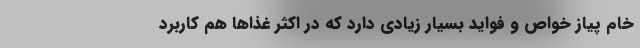
خام پیاز خواص و فواید بسیار زیادی دارد که در اکثر غذا‌ها هم کاربرد